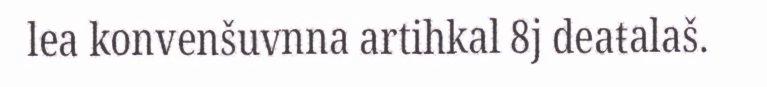
lea konvenšuvnna artihkal 8j deaŧalaš.